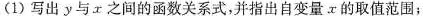
(1)写出y与。x之间的函数关系式，并指出自变量x的取值范围；